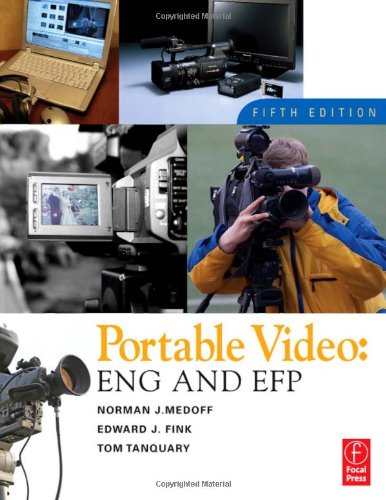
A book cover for Portable Video: News and Field Production; Norman Medoff; Humor & Entertainment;